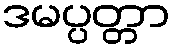
ဒမပ္ပတ္တာ